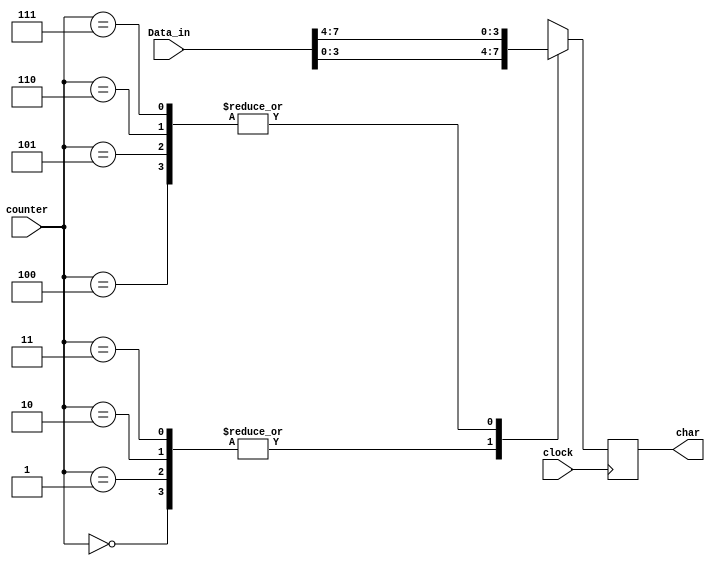
module CharGenerator (clock, counter, Data_in, char);

input clock;
input [2:0]counter;
input [7:0]Data_in;
output [3:0]char;

wire [2:0]counter;
reg [3:0]char;

always @ (posedge clock)
begin
	case (counter)
		3'b000:	char <= Data_in[3:0];
		3'b001:	char <= Data_in[3:0];
		3'b010:	char <= Data_in[3:0];
		3'b011:	char <= Data_in[3:0];
		3'b100:	char <= Data_in[7:4];
		3'b101:	char <= Data_in[7:4];
		3'b110:	char <= Data_in[7:4];
		3'b111:	char <= Data_in[7:4];
	endcase
end

endmodule